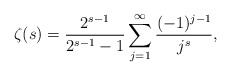
\begin{align*}\zeta (s)\allowbreak =\allowbreak \frac{2^{s-1}}{2^{s-1}-1}\sum_{j=1}^{\infty }\frac{(-1)^{j-1}}{j^{s}}, \end{align*}